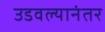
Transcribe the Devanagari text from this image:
उडवल्यानंतर